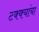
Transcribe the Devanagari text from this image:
टक्क्यांचा